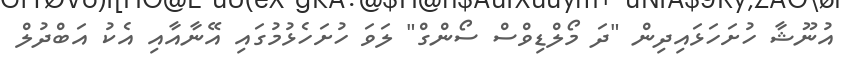
އުނޫޝާ ހުށަހަޅައިދިން "ދަ މޯލްޑިވްސް ސޯންގް" ލަވަ ހުށަހެޅުމުގައި އޭނާއާއި އެކު އަބްދުލް